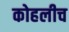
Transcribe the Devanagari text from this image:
कोहलीच